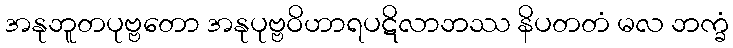
အနုဘူတပုဗ္ဗတော အနုပုဗ္ဗဝိဟာရပဋိလာဘဿ နိပတတံ မလ ဘက္ခံ